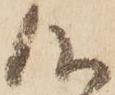
候